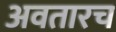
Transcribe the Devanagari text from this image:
अवतारच